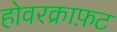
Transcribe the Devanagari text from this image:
होवरक्राफ़ट